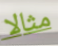
مثالا